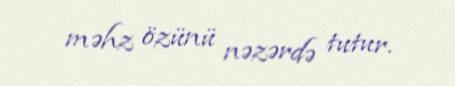
məhz özünü nəzərdə tutur.